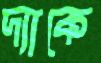
দ্যাকে